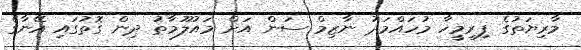
މާރިޔަތުގެ ފިރިމީހާ މުހައްމަދު ނާޒިމް ސަން އަށް މައުލޫމާތު ދިން ގޮތުގައި އޭނާގެ